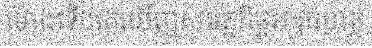
ម៉ោងទើបគេឃើញសមត្ថកិច្ចអាវុធហត្ថ